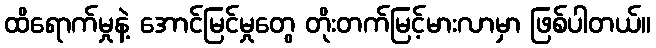
ထိရောက်မှုနဲ့ အောင်မြင်မှုတွေ တိုးတက်မြင့်မားလာမှာ ဖြစ်ပါတယ်။